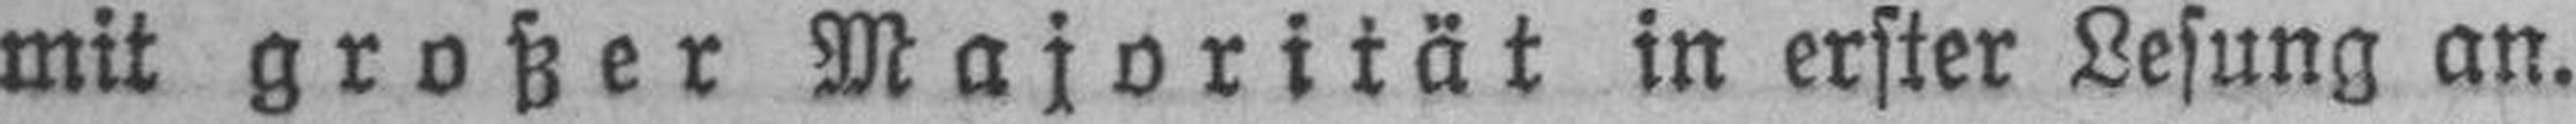
mit großer Majorität in erster Lesung an.